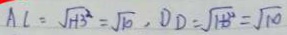
A C = \sqrt { 1 + 3 ^ { 2 } } = \sqrt { 1 0 } , D D = \sqrt { 1 + 3 ^ { 2 } } = \sqrt { 1 0 }